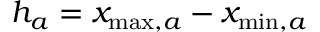
h _ { a } = x _ { \operatorname* { m a x } , a } - x _ { \operatorname* { m i n } , a }